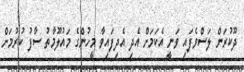
ދޫކުރަން ލަސްވެފައި ވަނީ އެކަމަށް އެދި އެދިފައިވާ މީހުންގެ މައުލޫމާތު ސާފު ކުރުމަށް